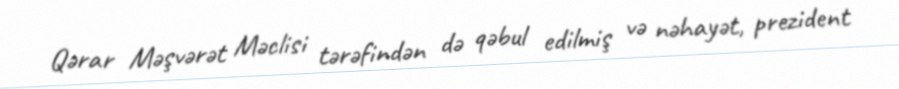
Qərar Məşvərət Məclisi tərəfindən də qəbul edilmiş və nəhayət, prezident